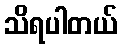
သိရပါတယ်